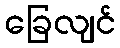
ခြေလျင်